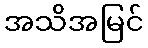
အသိအမြင်